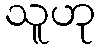
သူဟု